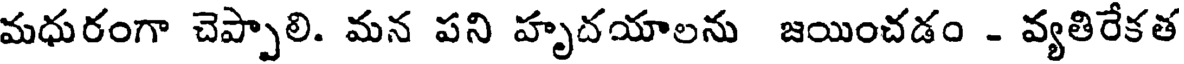
మధురంగా చెప్పాలి. మన పని హృదయాలను జయించడం - వ్యతిరేకత